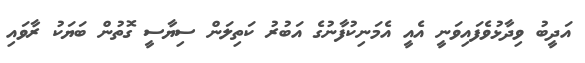
އަދީބު ވިދާޅުވެފައިވަނީ އެއީ އެމަނިކުފާނުގެ އަބުރު ކަތިލަން ސިޔާސީ ގޮތުން ބަޔަކު ރާވައި